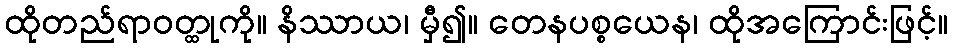
ထိုတည်ရာဝတ္ထုကို။ နိဿာယ၊ မှီ၍။ တေနပစ္စယေန၊ ထိုအကြောင်းဖြင့်။